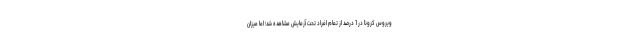
ویروس کرونا در 1 درصد از تمام افراد تحت آزمایش مشاهده شد؛ اما میزان